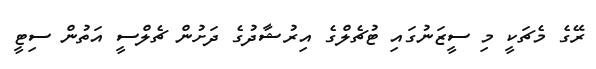
ރޭގެ މެޗަކީ މި ސީޒަނުގައި ޓުޗެލްގެ އިރުޝާދުގެ ދަށުން ޗެލްސީ އަތުން ސިޓީ